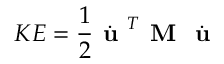
K E = \frac { 1 } { 2 } \dot { \textbf { u } } ^ { T } \textbf { M } \dot { \textbf { u } }